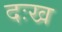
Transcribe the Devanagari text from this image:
दःख